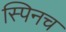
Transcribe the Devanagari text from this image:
स्पिनच